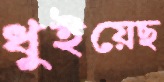
ধুইয়েছ